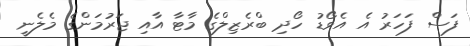
ފަސް ފަހަރު އެ އެވޯޑު ހޯދި ބްރެޒިލްގެ މާޓާ އާއި ޖަރުމަންގެ މެލެނީ